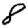
Digit: 8